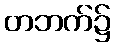
တဘက်၌